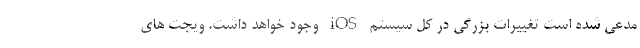
مدعی شده است تغییرات بزرگی در کل سیستم iOS وجود خواهد داشت. ویجت های